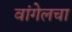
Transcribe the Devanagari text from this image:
वांगेलचा